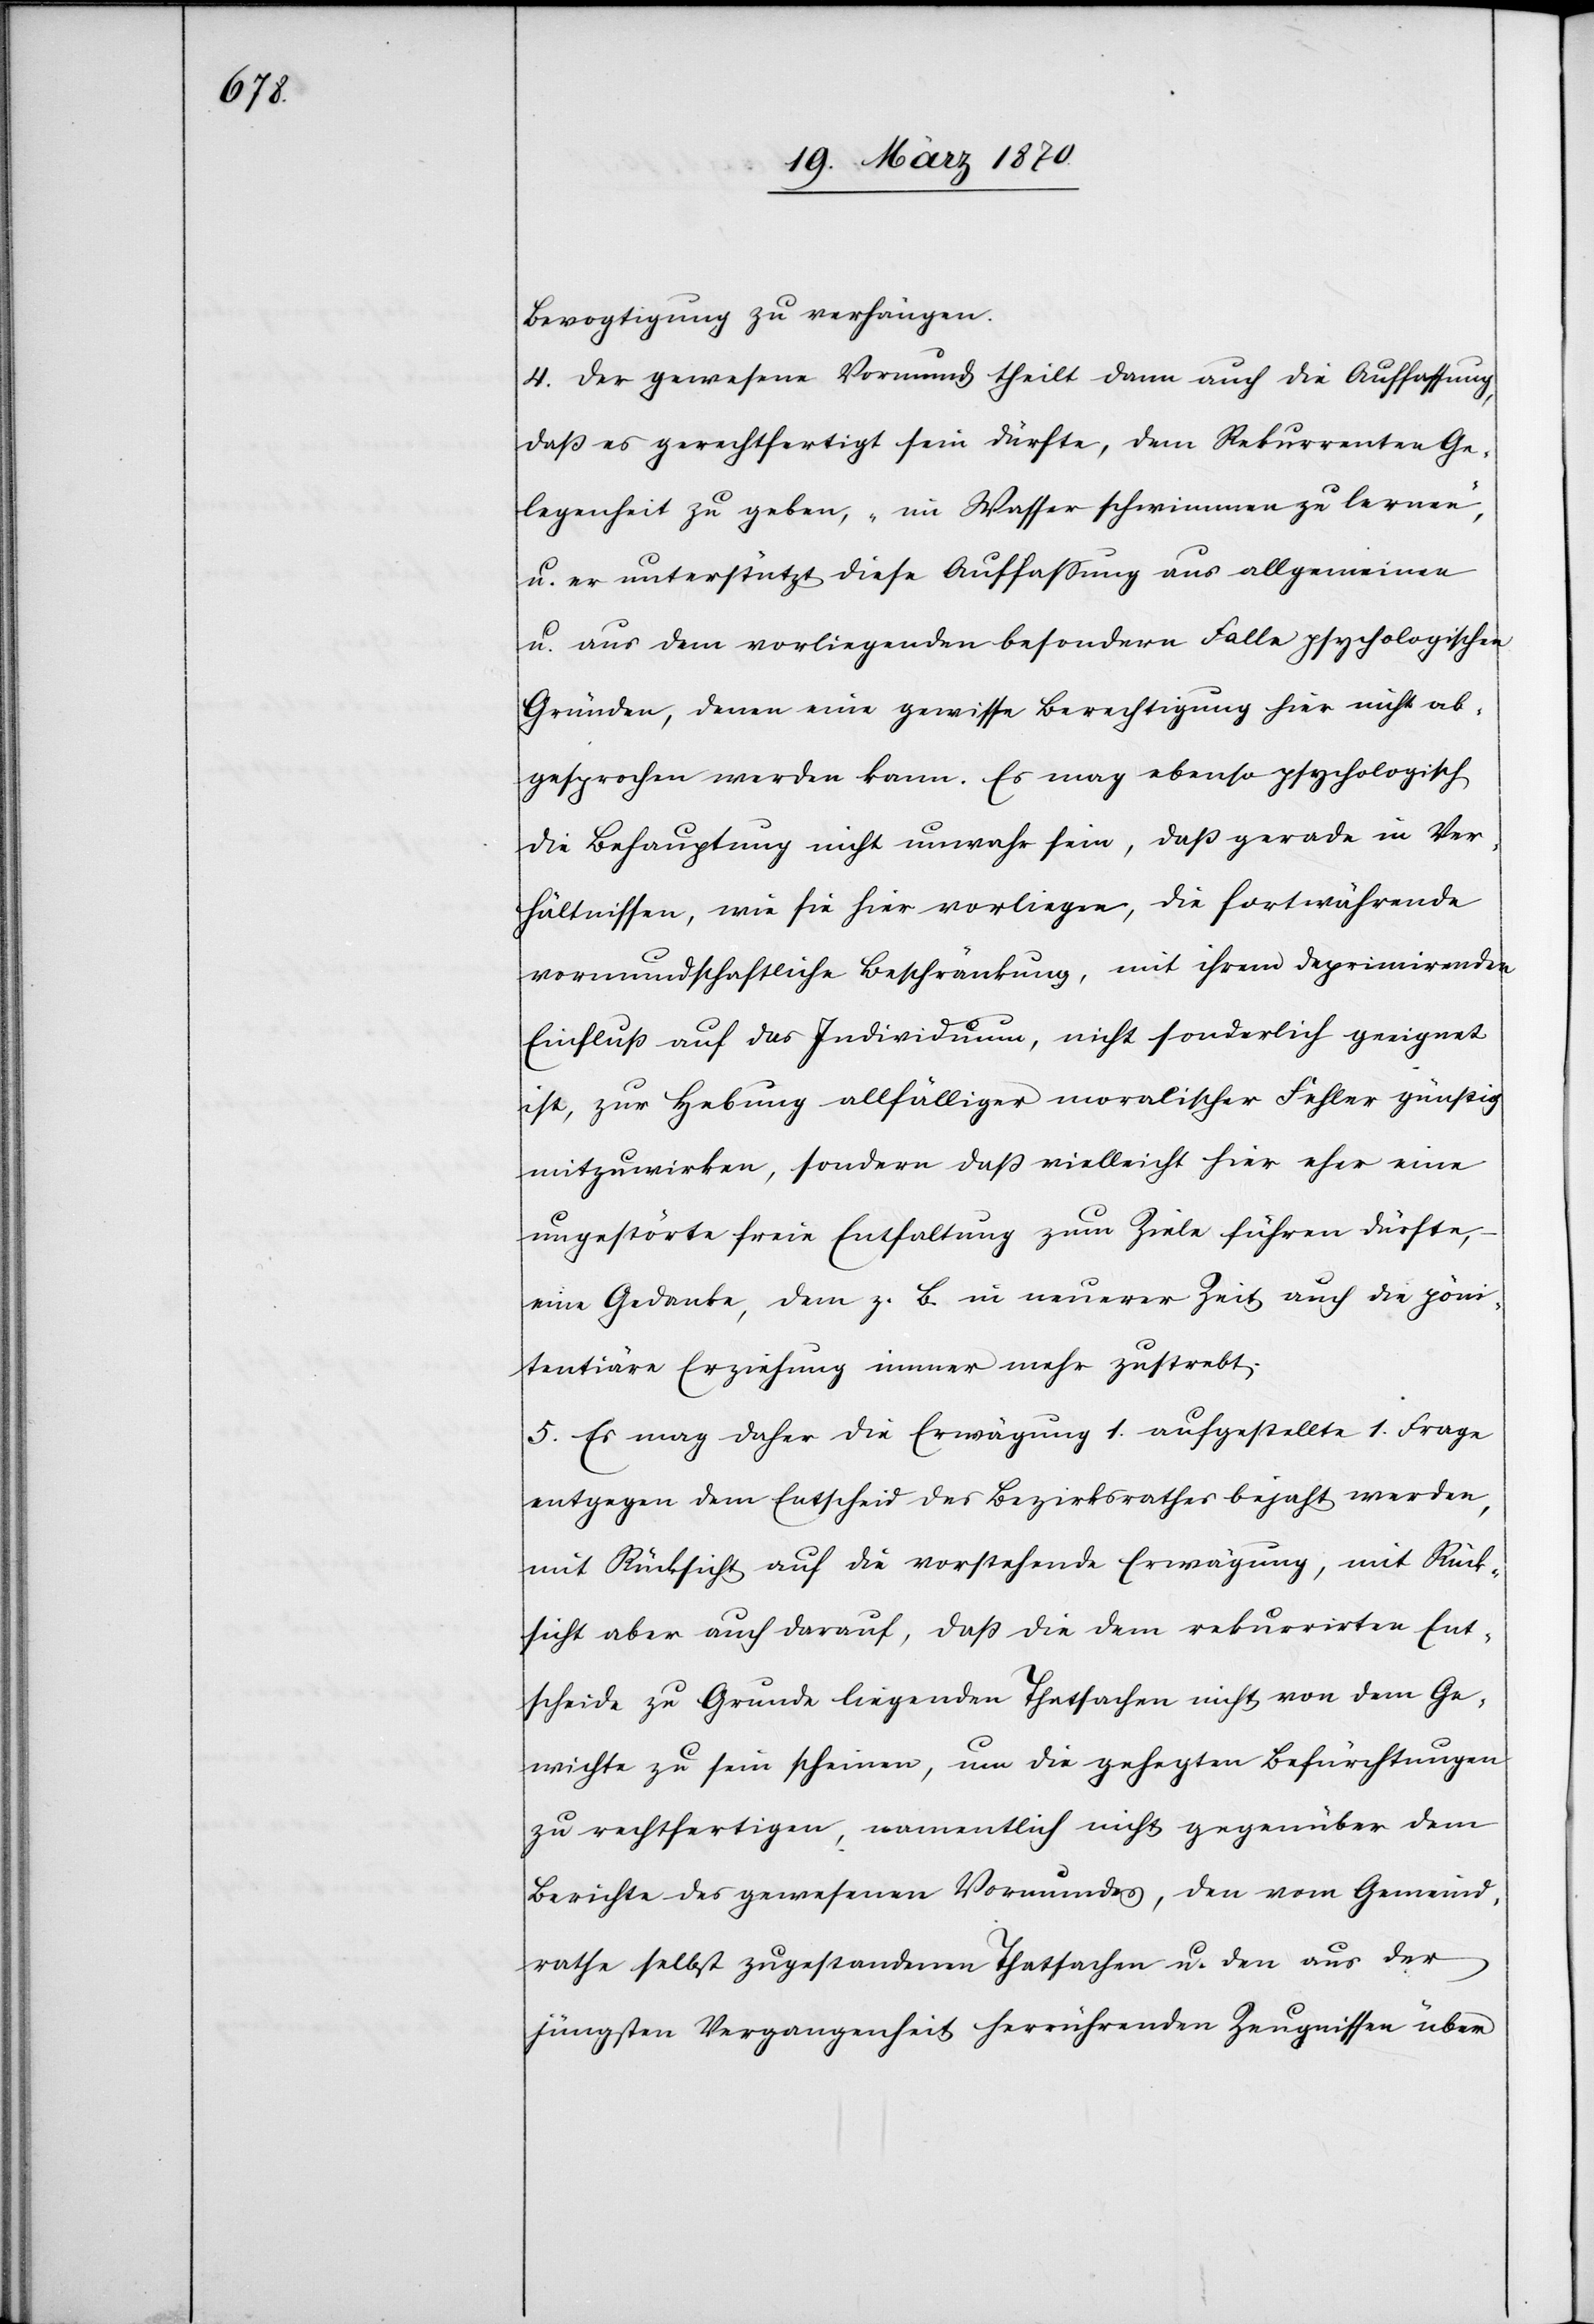
Bevogtigung zu verhängen.
4. Der gewesene Vormund theilt dann auch die Auffassung,
daß es gerechtfertigt sein dürfte, dem Rekurrenten Ge¬
legenheit zu geben, „im Wasser schwimmen zu lernen“,
u. er unterstützt diese Auffassung aus allgemeinen
u. aus dem vorliegenden besondern Falle psychologischen
Gründen, denen eine gewisse Berechtigung hier nicht ab¬
gesprochen werden kann. Es mag ebenso psychologisch
die Behauptung nicht unwahr sein, daß gerade in Ver¬
hältnissen, wie sie hier vorliegen, die fortwährende
vormundschaftliche Beschränkung, mit ihrem deprimirenden
Einfluß auf das Individuum, nicht sonderlich geeignet
ist, zur Hebung allfälliger moralischer Fehler günstig
mitzuwirken, sondern daß vielleicht hier eher eine
ungestörte freie Entfaltung zum Ziele führen dürfte,
Gedanke, dem z. B. in neuerer Zeit auch die pöni¬
tentiäre Erziehung immer mehr zustrebt;
5. Es mag daher die Erwägung 1. aufgestellte 1. Frage
entgegen dem Entscheid des Bezirksrathes bejaht werden,
mit Rücksicht auf die vorstehende Erwägung, mit Rück¬
sicht aber auch darauf, daß die dem rekurrirten Ent¬
scheide zu Grunde liegenden Thatsachen nicht von dem Ge¬
wichte zu sein scheinen, um die gehegten Befürchtungen
zu rechtfertigen, namentlich nicht gegenüber dem
Berichte des gewesenen Vormundes, den vom Gemeind¬
rathe selbst zugestandenen Thatsachen u. den aus der
jüngsten Vergangenheit herrührenden Zeugnissen über